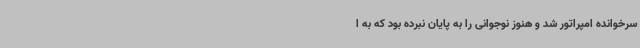
سرخوانده امپراتور شد و هنوز نوجوانی را به پایان نبرده بود که به ا